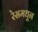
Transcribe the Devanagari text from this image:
रेसमधून